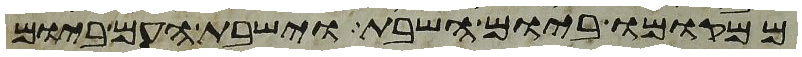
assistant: ממקומו ביום השבת וישבת העם ביום